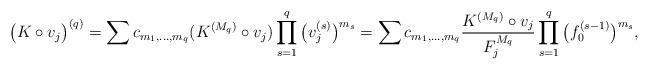
LaTeX: \begin{align*}\big( K\circ v_j \big)^{(q)} = \sum c_{m_1, \ldots, m_q} (K^{(M_q)}\circ v_j) \prod_{s=1}^q \big(v_j^{(s)}\big)^{m_s} = \sum c_{m_1, \ldots, m_q} \frac{K^{(M_q)}\circ v_j}{F_j^{M_q}} \prod_{s=1}^q \big(f_0^{(s-1)}\big)^{m_s},\end{align*}